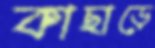
কাছাড়ে